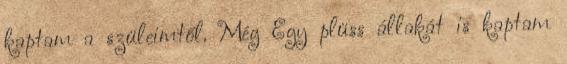
kaptam a szüleimtől. Még Egy plüss állakát is kaptam